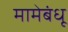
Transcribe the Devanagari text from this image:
मामेबंधू